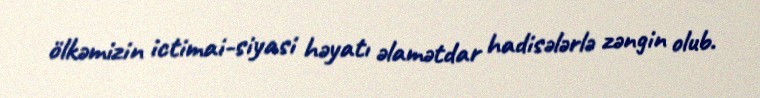
ölkəmizin ictimai-siyasi həyatı əlamətdar hadisələrlə zəngin olub.